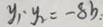
y _ { 1 } \cdot y _ { 2 } = - 8 b :